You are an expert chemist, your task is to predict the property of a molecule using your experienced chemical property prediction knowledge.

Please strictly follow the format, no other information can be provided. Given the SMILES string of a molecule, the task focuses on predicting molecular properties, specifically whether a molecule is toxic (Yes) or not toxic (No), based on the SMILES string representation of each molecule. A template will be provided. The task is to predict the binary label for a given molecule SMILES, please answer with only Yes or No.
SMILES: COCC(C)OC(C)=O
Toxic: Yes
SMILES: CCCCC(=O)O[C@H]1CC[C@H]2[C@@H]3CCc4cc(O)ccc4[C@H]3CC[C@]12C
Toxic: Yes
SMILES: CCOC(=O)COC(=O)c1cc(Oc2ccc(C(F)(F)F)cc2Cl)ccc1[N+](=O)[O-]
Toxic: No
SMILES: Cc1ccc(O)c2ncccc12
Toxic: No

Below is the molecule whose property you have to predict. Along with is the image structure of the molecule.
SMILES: COC(=O)/C=C/C=C(C)/C=C/C=C(C)/C=C/C=C(C)/C=C/C=C(C)\C=C/C(=O)O
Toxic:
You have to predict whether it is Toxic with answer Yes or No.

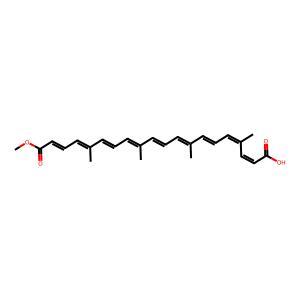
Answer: No